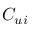
{ C _ { u i } }